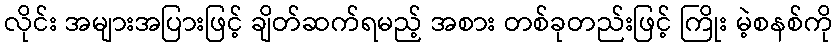
လိုင်း အများအပြားဖြင့် ချိတ်ဆက်ရမည့် အစား တစ်ခုတည်းဖြင့် ကြိုး မဲ့စနစ်ကို